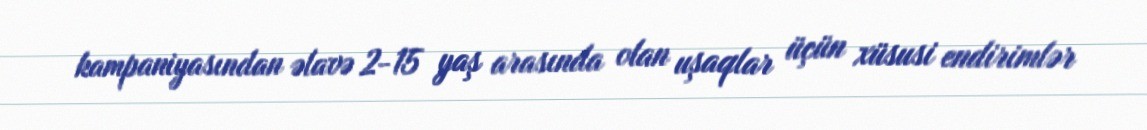
kampaniyasından əlavə 2-15 yaş arasında olan uşaqlar üçün xüsusi endirimlər